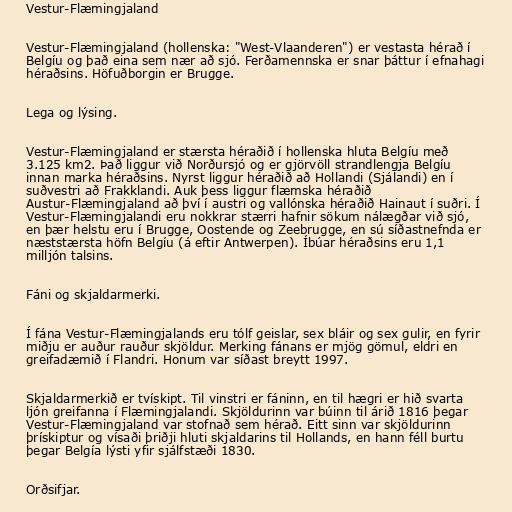
Vestur-Flæmingjaland

Vestur-Flæmingjaland (hollenska: "West-Vlaanderen") er vestasta hérað í
Belgíu og það eina sem nær að sjó. Ferðamennska er snar þáttur í efnahagi
héraðsins. Höfuðborgin er Brugge.

Lega og lýsing.

Vestur-Flæmingjaland er stærsta héraðið í hollenska hluta Belgíu með
3.125 km2. Það liggur við Norðursjó og er gjörvöll strandlengja Belgíu
innan marka héraðsins. Nyrst liggur héraðið að Hollandi (Sjálandi) en í
suðvestri að Frakklandi. Auk þess liggur flæmska héraðið
Austur-Flæmingjaland að því í austri og vallónska héraðið Hainaut í suðri. Í
Vestur-Flæmingjalandi eru nokkrar stærri hafnir sökum nálægðar við sjó,
en þær helstu eru í Brugge, Oostende og Zeebrugge, en sú síðastnefnda er
næststærsta höfn Belgíu (á eftir Antwerpen). Íbúar héraðsins eru 1,1
milljón talsins.

Fáni og skjaldarmerki.

Í fána Vestur-Flæmingjalands eru tólf geislar, sex bláir og sex gulir, en fyrir
miðju er auður rauður skjöldur. Merking fánans er mjög gömul, eldri en
greifadæmið í Flandri. Honum var síðast breytt 1997.

Skjaldarmerkið er tvískipt. Til vinstri er fáninn, en til hægri er hið svarta
ljón greifanna í Flæmingjalandi. Skjöldurinn var búinn til árið 1816 þegar
Vestur-Flæmingjaland var stofnað sem hérað. Eitt sinn var skjöldurinn
þrískiptur og vísaði þriðji hluti skjaldarins til Hollands, en hann féll burtu
þegar Belgía lýsti yfir sjálfstæði 1830.

Orðsifjar.